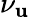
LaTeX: \nu_{\mathbf{u}}